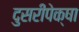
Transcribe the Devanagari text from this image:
दुसरीपेक्षा